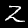
Digit: 2